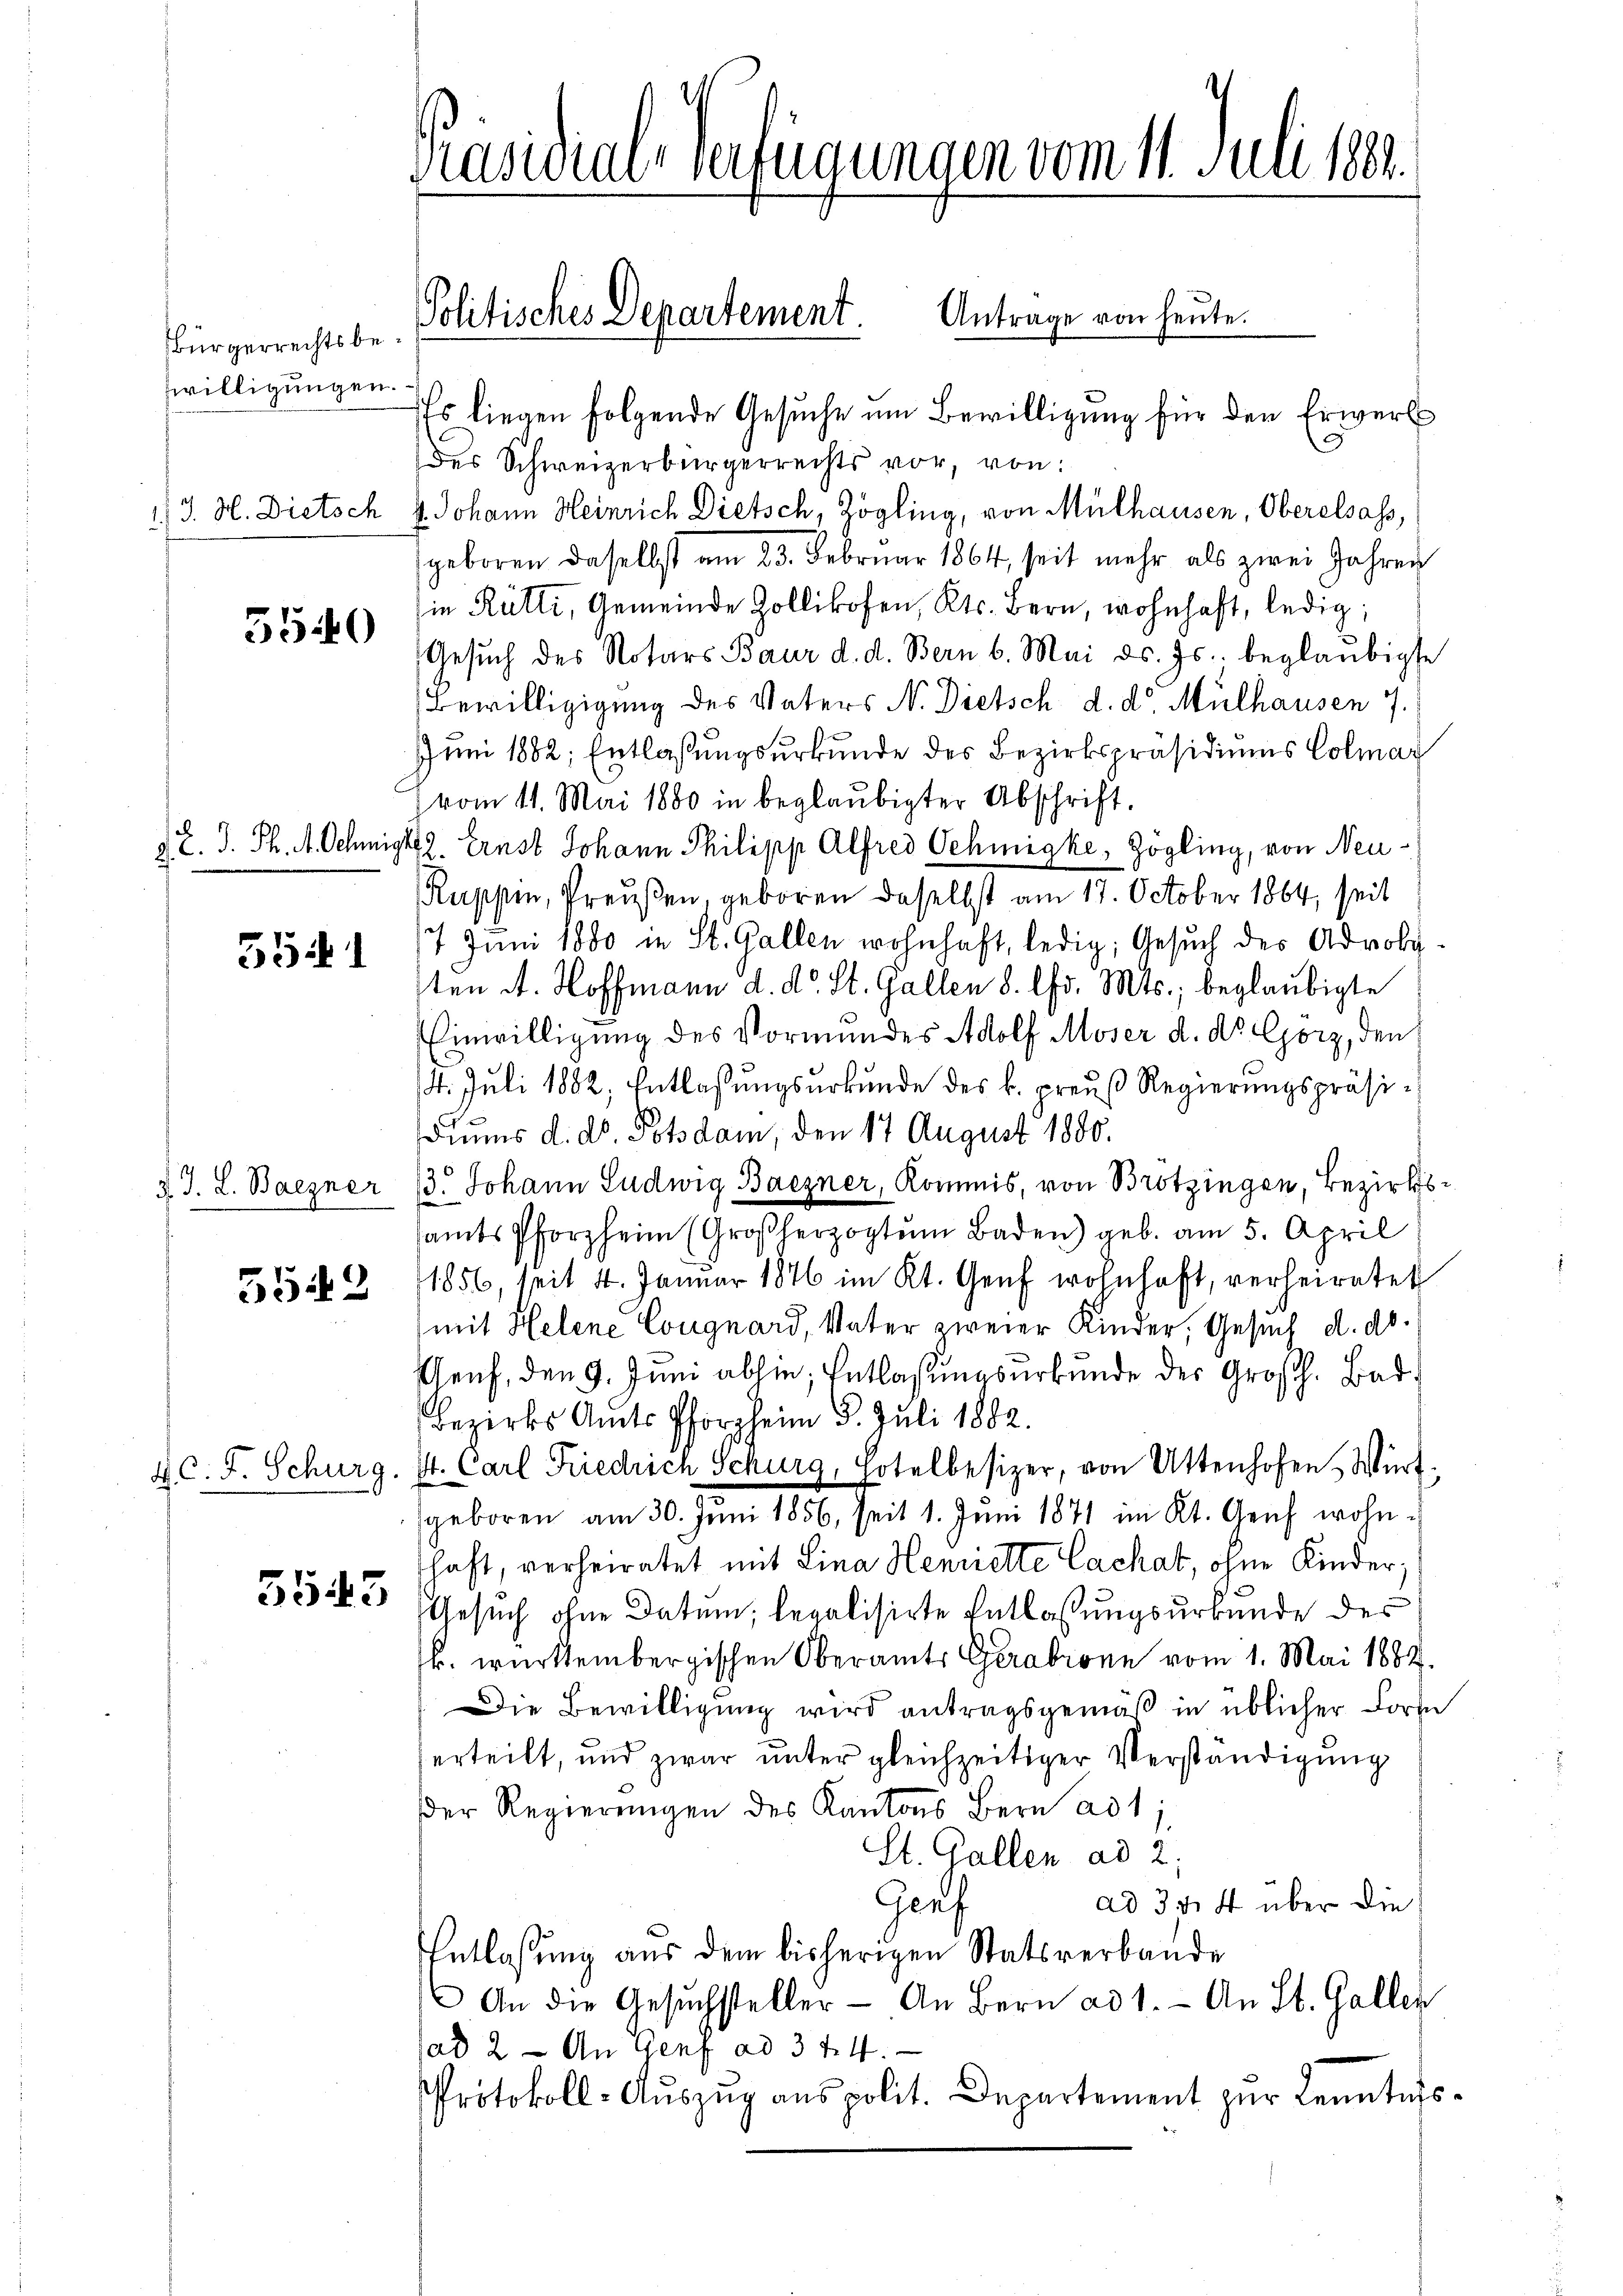
Bürgerrechtsbewilligungen.

5540

e

554. 1

d. J. L. Baegner

5542

5543

Präsidial-Verfügungen vom 11. Juli 184.

Es liegen folgende Gesuche um Bewilligung für den Erwerb
des Schweizerbürgerrechts vor, von:
1 J. H. Dietsch 4. Johann Heinrich Dietsch, Zögling, von Mülhausen, Oberalsass,
geboren daselbst am 23. Februar 1864, seit mehr als zwei Jahren
in Rütti, Gemeinde Zollikofen, Kts. Bern, wohnhaft, ledig,
Gesŭch des Notars Baur d. d. Bern b. Mai d. Js. beglaubigte
Bewilligigung des Vaters N. Dietsch d. d. Mülhausen 7.
Juni 1882; Entlaßungsurkunde des Bezirkspräsidiums Colmar
vom 11. Mai 1880 in beglaubigter Abschrift.
2. C. J. Ph. A. Schmigt. Ernst Johann Philipp Alfred Sehmigke, Zögling, von Neu¬
Ruppin, Preußen, geboren daselbst am 17. October 1864, seit
17. Juni 1880 in St. Gallen wohnhaft, ledig, Gesuch des Advoly-
sten A. Hoffmann d. d. St. Gallen 8. Chr. Mts., beglaubigte
Einwilligung des Vormundes Adolf Moser d. dr Görz, den
/4. Juli 1882, Entlassungsurkunde des k. preuß Regierungspräsidiums d. d. Potsdam, den 17 August 1880.
13. Johann Ludwig Baczner, Kommis, von Brotzingen, Bezirkssamts Pforzheim (Großherzogtum Baden) geb. am 5. April
1856, seit 4. Januar 1876 im Kt. Genf wohnhaft, verheiratet
(mit Helene Cougnard, Vater zweier Kinder, Gesuch d. d.
Genf, den 9. Juni abhin, Entlaßungsurkunde des Großh. Bad¬
Bezirks Amts Pforzheim 8. Juli 1882.
4c. F. Schurg. S. Carl Friedrich Schurg, Hotelbesizer, von Attenhofen, Würtgeboren am 30. Juni 1856, seit 1. Juni 1871 im Kt. Genf wohnshaft, verheiratet mit Lina Henriette Cachat, ohne Kinder¬
Gesuch ohne Datum, legalisirte Entlassungsurkunde des
sk. württembergischen Oberamts Gerabrone vom 1. Mai 1884.
Die Bewilligung wird antragsgemäß in üblicher Form
erteilt, und zwar unter gleichzeitiger Verständigung
der Regierŭngen des Kantons Bern ad 1,
St. Gallen ad 2.
Gerf
ad 354 über die
Entlassung aus dem bisherigen Statsverbande
An die Gesŭchsteller - An Bern ad 1. An St. Gallen
ad 2 - An Genf ad 3 tit.
Protokoll-Aŭszŭg anspolit. Departement zur Kenntnis¬

Politisches Departement. Antrage von heute.